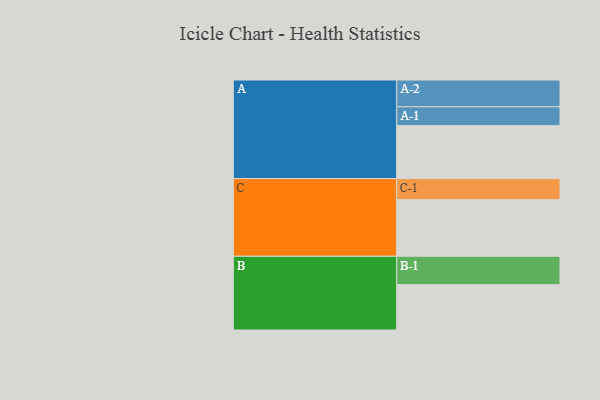
{"axis": {"x": "Segment", "y": "Value"}, "legend": ["", "A", "B", "C"], "data": [{"x": "A", "y": 537, "type": ""}, {"x": "B", "y": 461, "type": ""}, {"x": "C", "y": 575, "type": ""}, {"x": "A-1", "y": 192, "type": "A"}, {"x": "A-2", "y": 272, "type": "A"}, {"x": "B-1", "y": 288, "type": "B"}, {"x": "C-1", "y": 215, "type": "C"}]}